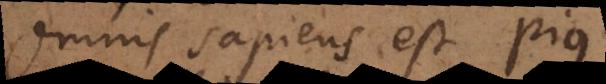
Omnis sapiens est pius